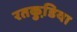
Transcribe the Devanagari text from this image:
रतकुडि़या